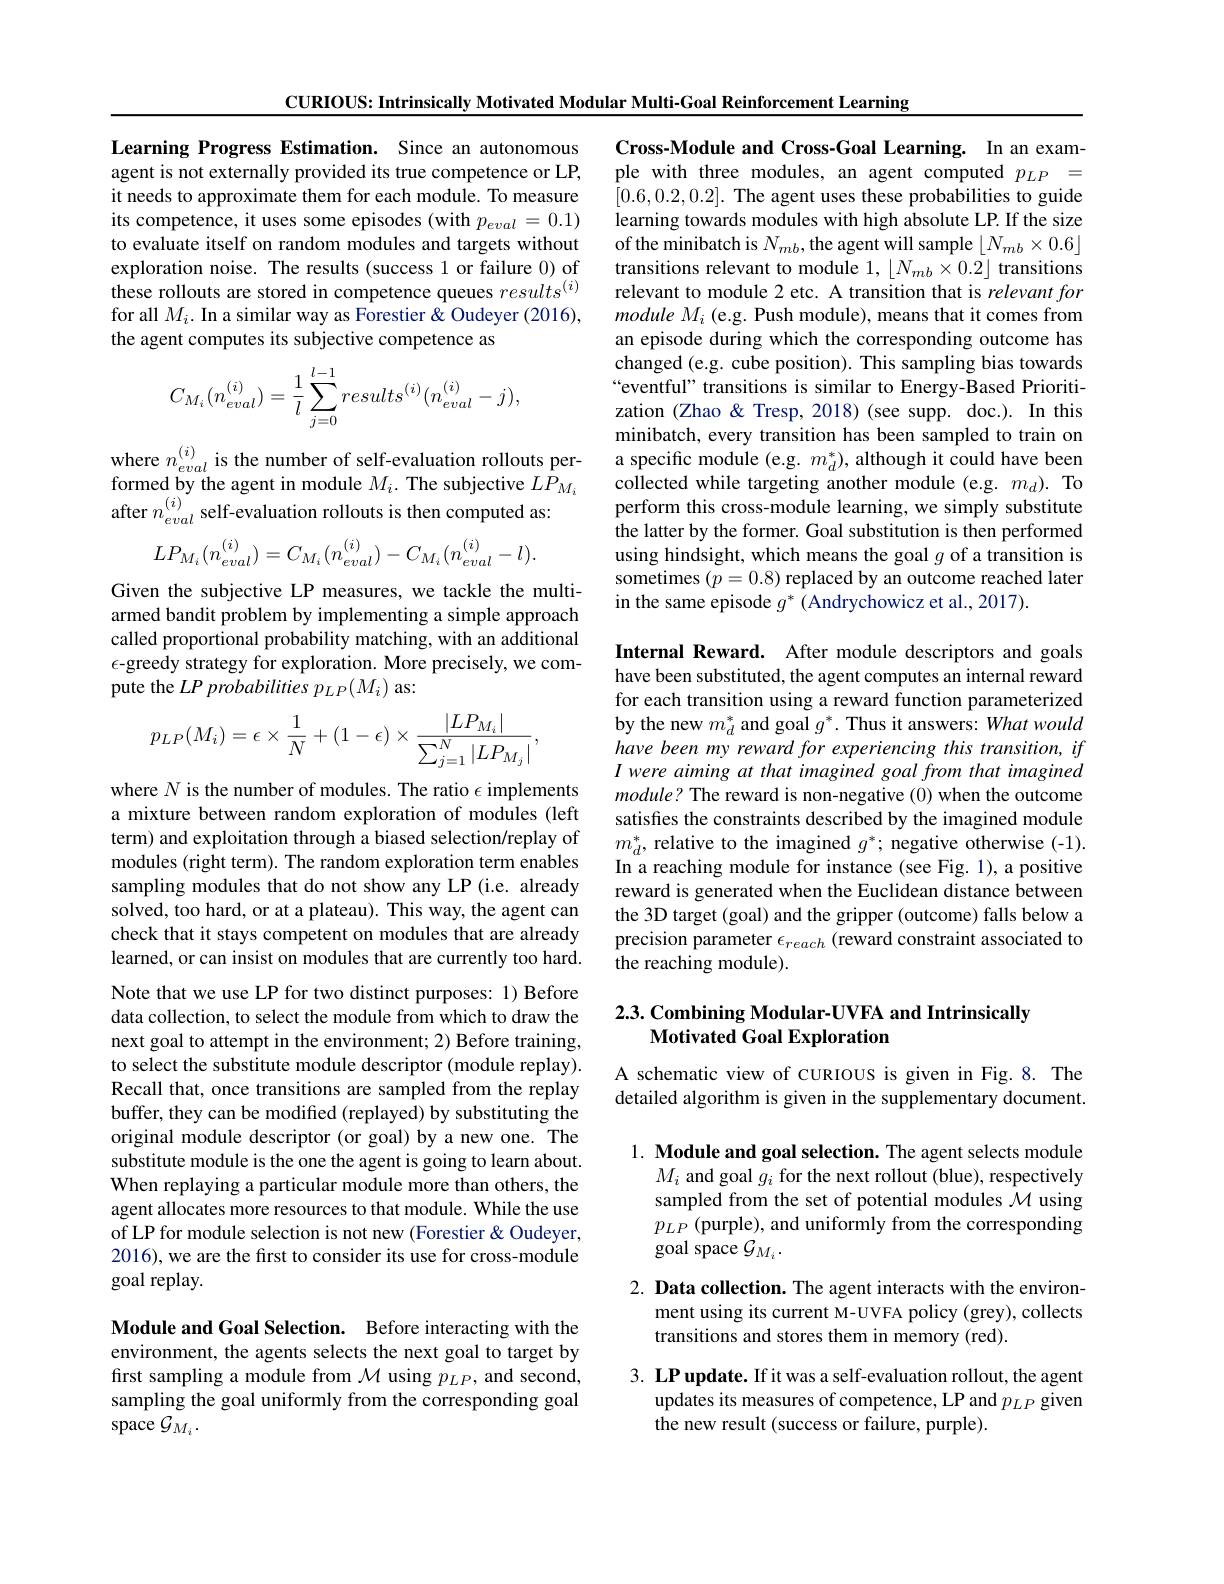
CURIOUS: Intrinsically Motivated Modular Multi-Goal Reinforcement Learning

Learning Progress Estimation. Since an autonomous agent is not externally provided its true competence or LP, it needs to approximate them for each module. To measure its competence, it uses some episodes (with $p_eval=0.1)$ to evaluate itself on random modules and targets without exploration noise. The results (success 1 or failure 0) of these rollouts are stored in competence queues $results^{(i)}$ for all $M_i.$ In a similar way as Forestier & Oudeyer (2016), the agent computes its subjective competence as
$$C_{M_i}(n_{eval}^{(i)})=\frac{1}{l}\sum_{j=0}^{l-1}results^{(i)}(n_{eval}^{(i)}-j),$$
where $n_eval^{(i)}$ is the number of self-evaluation rollouts performed by the agent in module $M_i.$ The subjective $LP_{M_i}$ after $n_eval^{(i)}$ self-evaluation rollouts is then computed as:
$$LP_{M_{i}}(n_{eval}^{(i)})=C_{M_{i}}(n_{eval}^{(i)})-C_{M_{i}}(n_{eval}^{(i)}-l).$$
Given the subjective LP measures, we tackle the multiarmed bandit problem by implementing a simple approach called proportional probability matching, with an additional $\epsilon$-greedy strategy for exploration. More precisely, we compute the $LP\textit{probabilities }p_{LP}( M_{i})$ as:
$$p_{LP}(M_{i})=\epsilon\times\frac{1}{N}+(1-\epsilon)\times\frac{|LP_{M_{i}}|}{\sum_{j=1}^{N}|LP_{M_{j}}|},$$
where $N$ is the number of modules. The ratio $\epsilon$ implements a mixture between random exploration of modules (left term) and exploitation through a biased selection/replay of modules (right term). The random exploration term enables sampling modules that do not show any LP (i.e. already solved, too hard, or at a plateau). This way, the agent can check that it stays competent on modules that are already learned, or can insist on modules that are currently too hard. Note that we use LP for two distinct purposes: 1) Before data collection, to select the module from which to draw the next goal to attempt in the environment; 2) Before training, to select the substitute module descriptor (module replay). Recall that, once transitions are sampled from the replay buffer, they can be modified (replayed) by substituting the original module descriptor (or goal) by a new one. The substitute module is the one the agent is going to learn about. When replaying a particular module more than others, the agent allocates more resources to that module. While the use of LP for module selection is not new (Forestier &Oudeyer, 2016), we are the first to consider its use for cross-module goal replay.

Module and Goal Selection. Before interacting with the environment, the agents selects the next goal to target by first sampling a module from $\mathcal{M}$ using $p_LP$, and second, sampling the goal uniformly from the corresponding goal space $\mathcal{G}_M_i.$

Cross-Module and Cross-Goal Learning. In an example with three modules, an agent computed $p_{LP}=$ [0.6,0.2,0.2]. The agent uses these probabilities to guide learning towards modules with high absolute LP. If the size of the minibatch is $N_{mb}$,the agent will sample $\lfloor N_{mb}\times0.6\rfloor$ transitions relevant to module 1, $\lfloor N_{mb}\times0.2\rfloor$ transitions relevant to module 2 etc. A transition that is relevant for module $M_i$ (e.g. Push module), means that it comes from an episode during which the corresponding outcome has changed (e.g. cube position). This sampling bias towards “eventful” transitions is similar to Energy-Based Prioritization (Zhao & Tresp, 2018) (see supp. doc.). In this minibatch, every transition has been sampled to train on a specific module (e.g. $m_d^*)$, although it could have been collected while targeting another module (e.g. $m_d).$ To perform this cross-module learning, we simply substitute the latter by the former. Goal substitution is then performed using hindsight, which means the goal $g$ of a transition is sometimes $(p=0.8)$ replaced by an outcome reached later in the same episode $g^*$ (Andrychowicz et al., 2017).

Internal Reward. After module descriptors and goals have been substituted, the agent computes an internal reward for each transition using a reward function parameterized by the new $m_d^*$ and goal $g^*.$ Thus it answers: What would have been my reward for experiencing this transition, if I were aiming at that imagined goal from that imagined module? The reward is non-negative (0) when the outcome satisfies the constraints described by the imagined module $m_{d}^{*}$, relative to the imagined $g^*;$ negative otherwise(-1). In a reaching module for instance (see Fig. 1), a positive reward is generated when the Euclidean distance between the 3D target (goal) and the gripper (outcome) falls below a precision parameter $\epsilon_{reach}$ (reward constraint associated to the reaching module).

## $2. 3. \textbf{Combining Modular- UVFA and Intrinsically}$ Motivated Goal Exploration

A schematic view of CURIOUS is given in Fig.8. The detailed algorithm is given in the supplementary document.

1. Module and goal selection. The agent selects module
$M_i$ and goal $g_i$ for the next rollout (blue), respectively sampled from the set of potential modules $\mathcal{M}$ using $p_{LP}$ (purple), and uniformly from the corresponding goal space $\mathcal{G}_M_i.$

2. Data collection. The agent interacts with the environ-
ment using its current M-UVFA policy (grey), collects
transitions and stores them in memory (red).

3. LP update. If it was a self-evaluation rollout, the agent
updates its measures of competence, LP and $p_{LP}$ given
the new result (success or failure, purple).